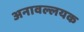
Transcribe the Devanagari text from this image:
अनावल्लयक